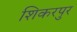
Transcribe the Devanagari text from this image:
शिकरपुर